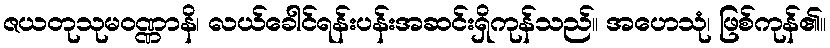
ဇယတုသုမဝဏ္ဏာနိ၊ လယ်ခေါင်ရန်းပန်းအဆင်းရှိကုန်သည်။ အဟေသုံ၊ ဖြစ်ကုန်၏။